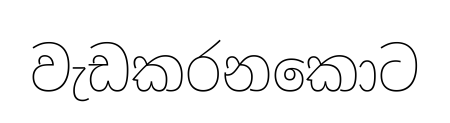
වැඩකරනකොට